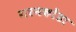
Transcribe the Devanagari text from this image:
गरमकोंडा